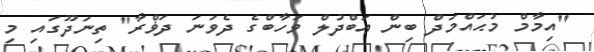
"އިމާމް މުޙައްމަދް ބިން ޢަބްދުލް ވަހާބްގެ ދެވަނަ ދަޥްރާ" ތިނަދޫގައި މި